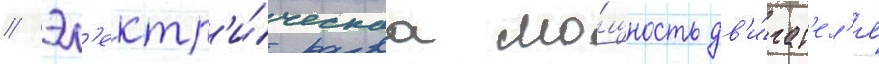
// Эл'ектр'и́ческаа мо́щность дв'и́гат'ел'я